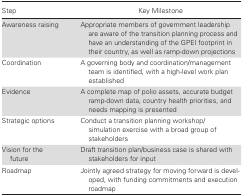
<table><thead><tr><td><b>Step</b></td><td><b>Key Milestone</b></td></tr></thead><tbody><tr><td>Awareness raising</td><td>Appropriate members of government leadership are aware of the transition planning process and have an understanding of the GPEI footprint in their country, as well as ramp-down projections</td></tr><tr><td>Coordination</td><td>A governing body and coordination/management team is identified, with a high-level work plan established</td></tr><tr><td>Evidence</td><td>A complete map of polio assets, accurate budget ramp-down data, country health priorities, and needs mapping is presented</td></tr><tr><td>Strategic options</td><td>Conduct a transition planning workshop/ simulation exercise with a broad group of stakeholders</td></tr><tr><td>Vision for the future</td><td>Draft transition plan/business case is shared with stakeholders for input</td></tr><tr><td>Roadmap</td><td>Jointly agreed strategy for moving forward is developed, with funding commitments and execution roadmap</td></tr></tbody></table>